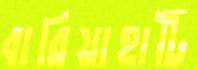
বারিয়াহাটি